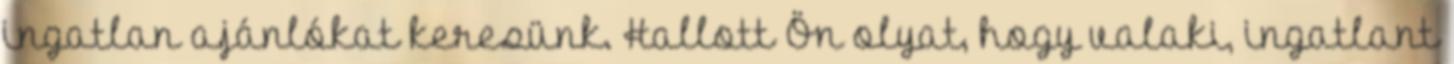
ingatlan ajánlókat keresünk. Hallott Ön olyat, hogy valaki, ingatlant